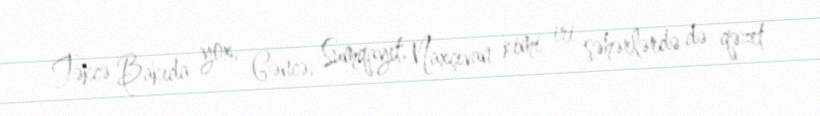
Təkcə Bakıda yox, Gəncə, Sumqayıt, Naxçıvan kimi iri şəhərlərdə də qəzet